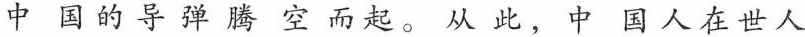
中国的导弹腾空而起。从此，中国人在世人